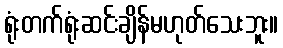
ရုံးတက်ရုံးဆင်းချိန်မဟုတ်သေးဘူး။